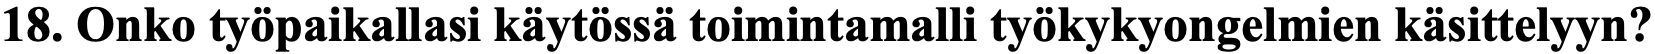
18. Onko työpaikallasi käytössä toimintamalli työkykyongelmien käsittelyyn?